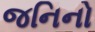
જનિનો